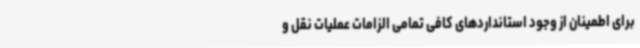
برای اطمینان از وجود استانداردهای کافی تمامی الزامات عملیات نقل و